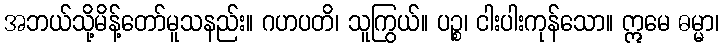
အဘယ်သို့မိန့်တော်မူသနည်း။ ဂဟပတိ၊ သူကြွယ်။ ပဉ္စ၊ ငါးပါးကုန်သော။ ဣမေ ဓမ္မာ၊